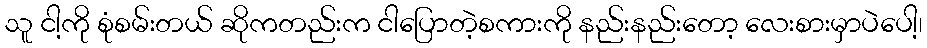
သူ ငါ့ကို စုံစမ်းတယ် ဆိုကတည်းက ငါပြောတဲ့စကားကို နည်းနည်းတော့ လေးစားမှာပဲပေါ့၊